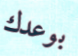
بوعدك